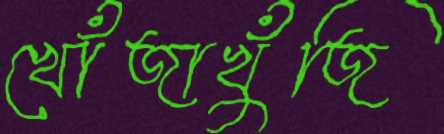
খোঁজাখুঁজি